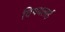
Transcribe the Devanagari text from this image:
विषयलाई